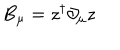
B _ { \mu } = z ^ { \dagger } \partial _ { \mu } z